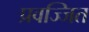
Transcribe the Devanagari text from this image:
प्रवज्जित